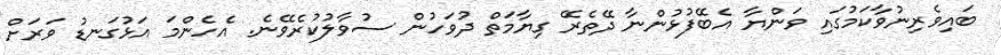
ބައިވެރިނުވާކަމުގައި ވަންޔާ އެބޭފުޅުންނާ ދޭތެރޭ ގިޔާމަތް ދުވަހުން ސުވާލުކުރެވޭނެ. އެހެންމަ އަޅުގަނޑު ވަރަށް